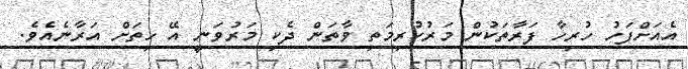
އެއަށްފަހު ހުރިހާ ފަރާތަކުން މަރުކުރިމަތި ވާތަން ދެކި މަރުވަނީ އޭ ހިތަށް އަރާނެއެވެ.